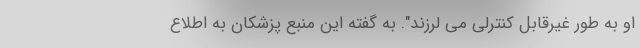
او به طور غیرقابل کنترلی می لرزند". به گفته این منبع پزشکان به اطلاع